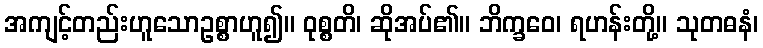
အကျင့်တည်းဟူသောဥစ္စာဟူ၍။ ဝုစ္စတိ၊ ဆိုအပ်၏။ ဘိက္ခဝေ၊ ရဟန်းတို့။ သုတဓနံ၊